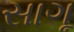
સાગૂ